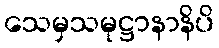
သေမှသမုဋ္ဌာနာနိပိ